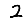
Digit: 2